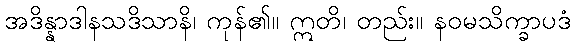
အဒိန္နာဒါနသဒိသာနိ၊ ကုန်၏။ ဣတိ၊ တည်း။ နဝမသိက္ခာပဒံ